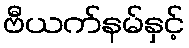
ဗီယက်နမ်နှင့်